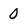
Character: 0